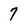
Character: 7